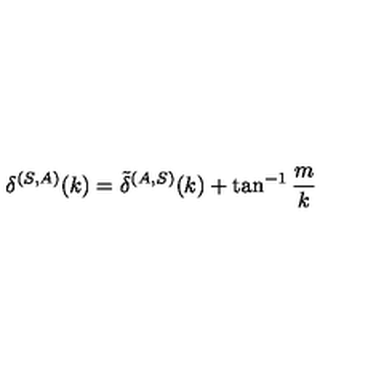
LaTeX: \delta ^ { ( S , A ) } ( k ) = \tilde { \delta } ^ { ( A , S ) } ( k ) + \tan ^ { - 1 } \frac { m } { k }